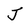
Character: J